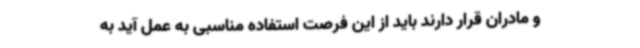
و مادران قرار دارند باید از این فرصت استفاده مناسبی به عمل آید به